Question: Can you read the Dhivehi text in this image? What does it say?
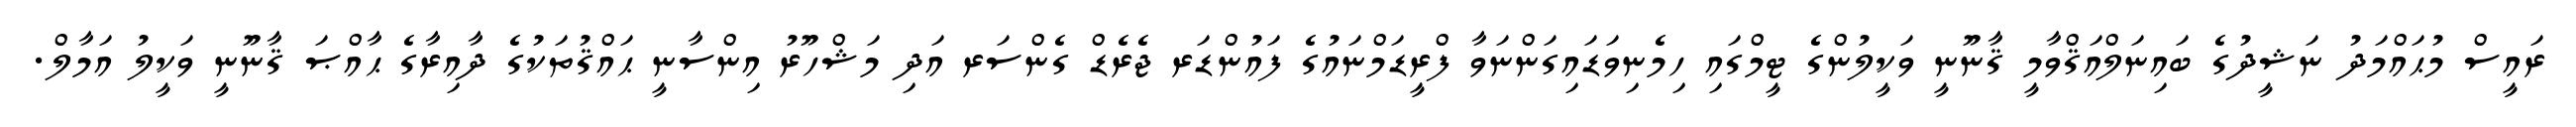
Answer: ރައީސް މުޙައްމަދު ނަޝީދުގެ ބައިނަލްއަޤްވާމީ ޤާނޫނީ ވަކީލުންގެ ޓީމްގައި ހިމެނިވަޑައިގަންނަވާ ފްރީޑަމްނައުގެ ފައުންޑަރ ޖެރެޑް ގެންސަރ އަދި މަޝްހޫރު އިންސާނީ ޙައްޤުތަކުގެ ދާއިރާގެ ޙާއްޞަ ޤާނޫނީ ވަކީލު އަމާލް.